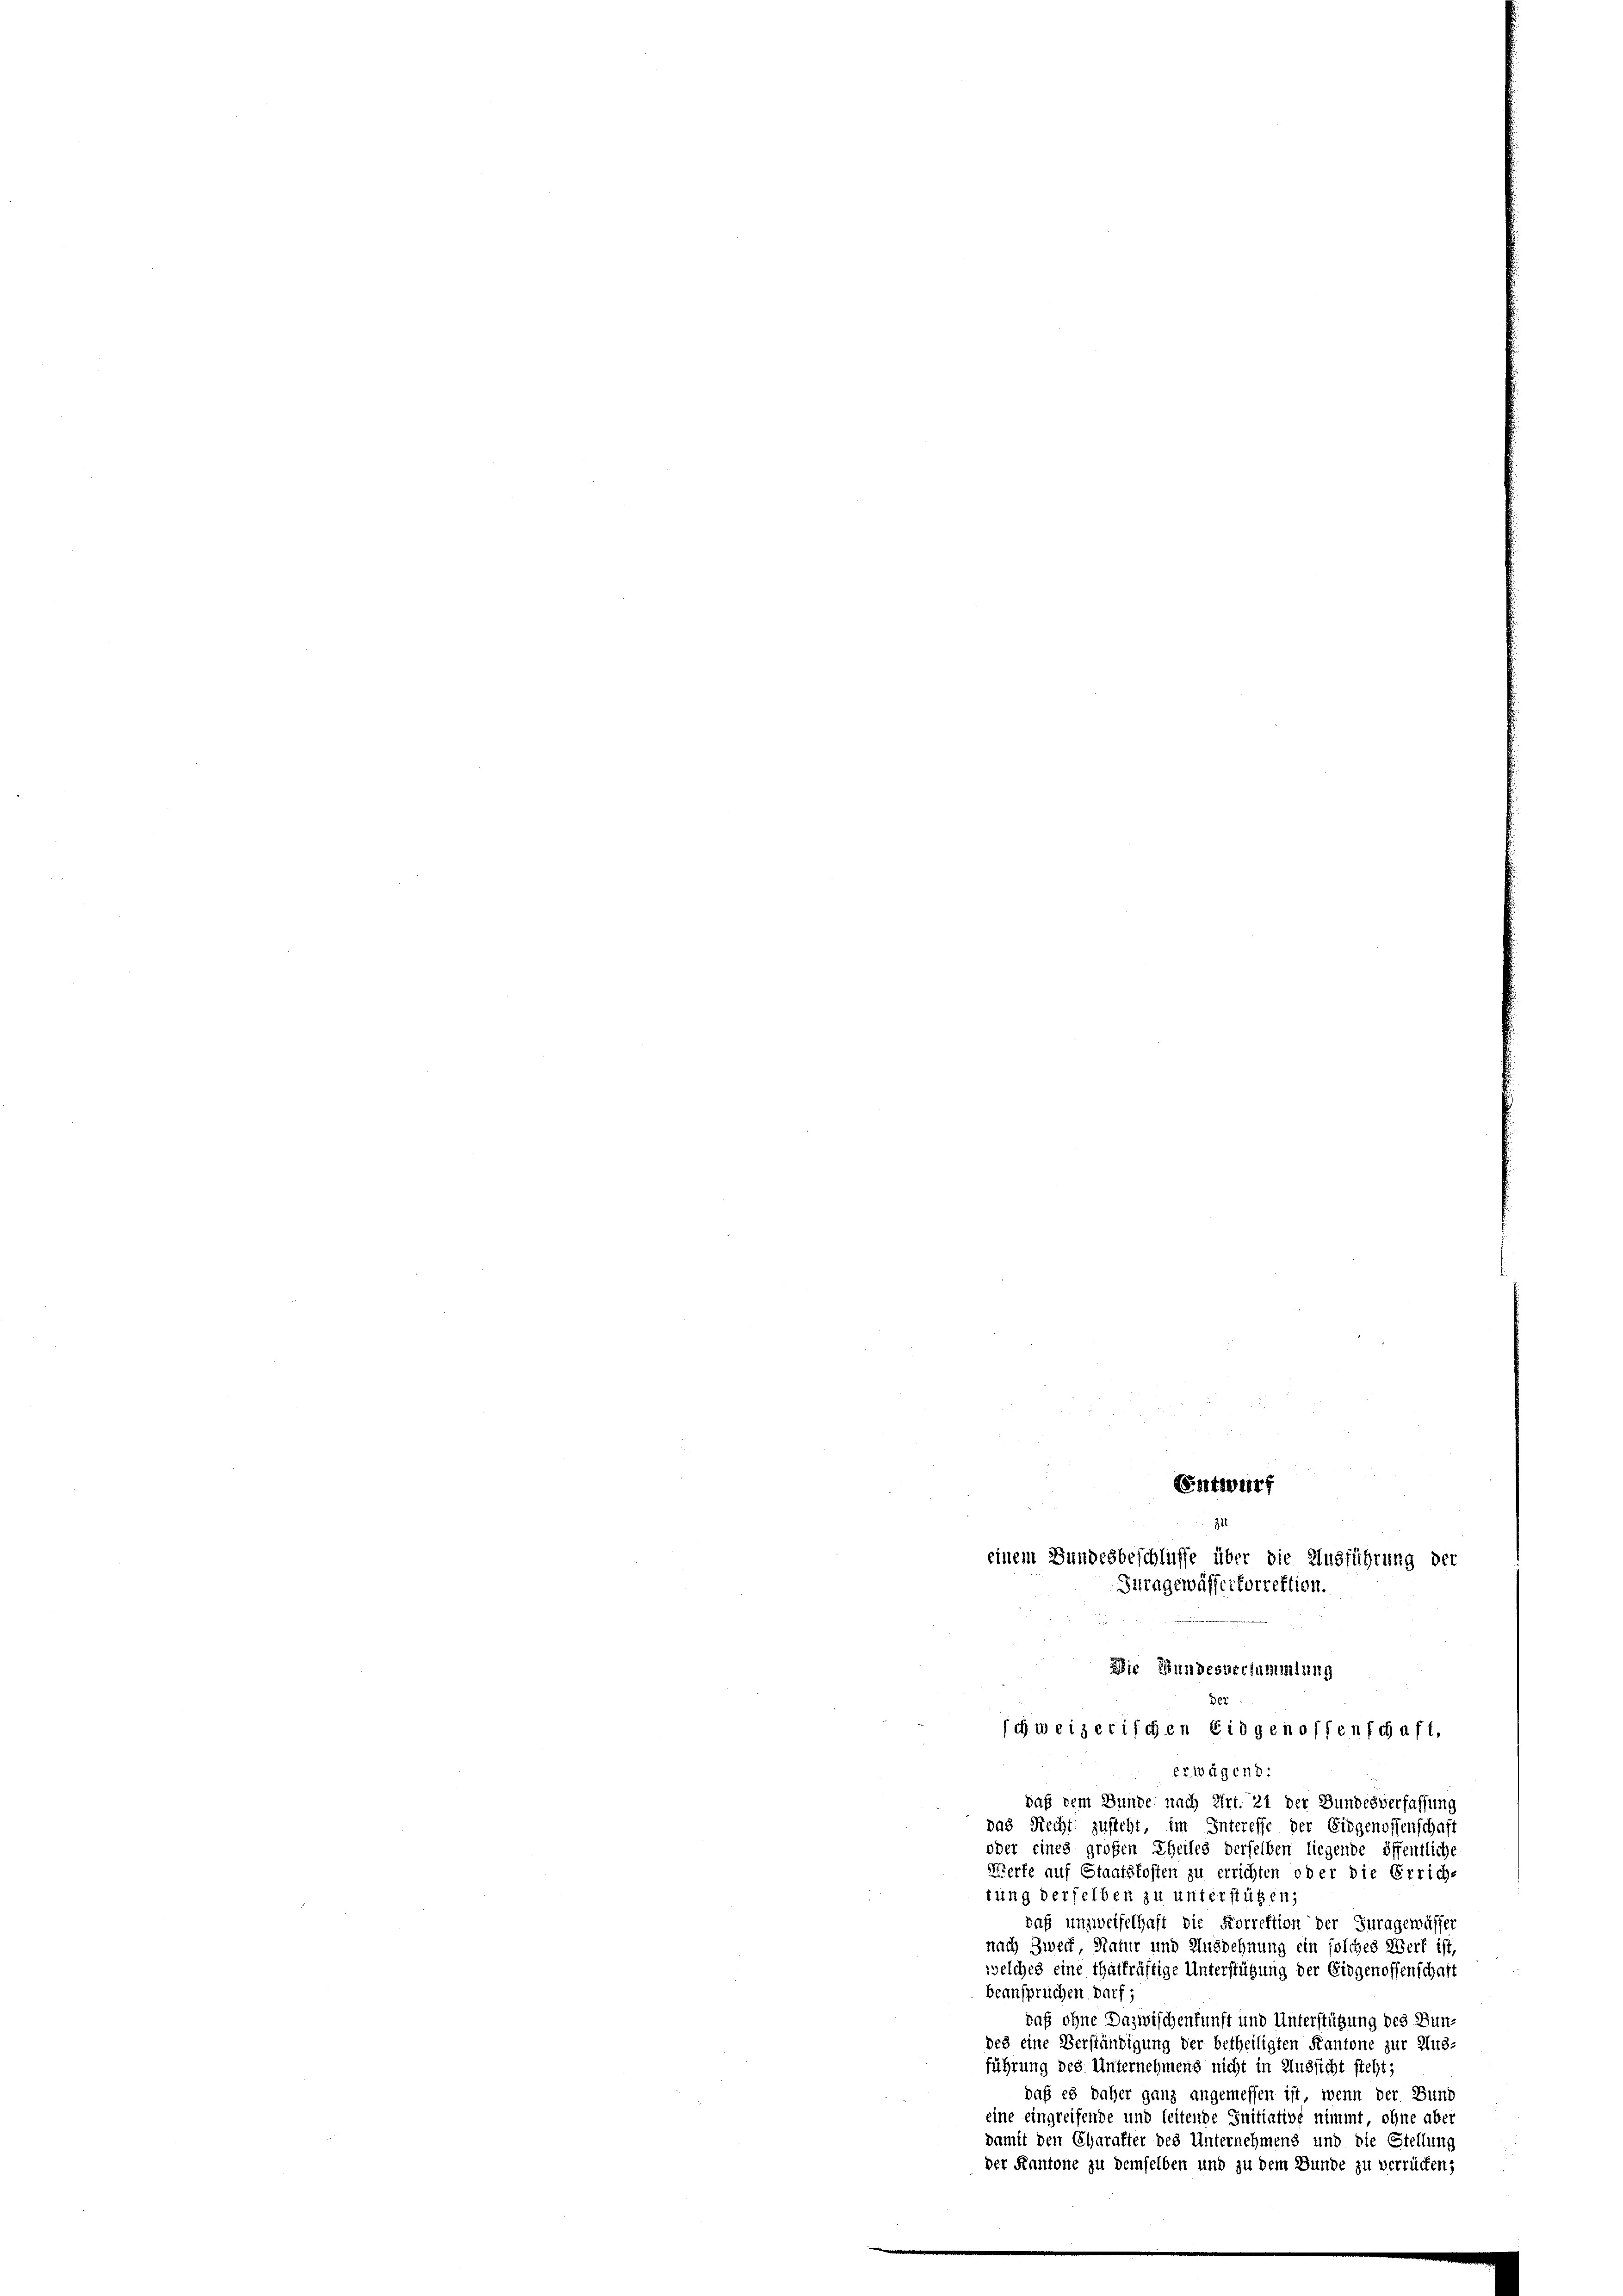
34
Die Bundesversammlung
der
schweizerischen Eidgenossenschaft,

einem Bundesbeschlüsse über die Ausführung der
Turngewässertorrektion.

Entwurf

erwägen d.
daß dem Bunde nach Art. 21 der Bundesverfassung
das Recht zusteht, im Interesse der Eidgenossenschaft
oder eines großen Theiles derselben liegende öffentliche
Werfe auf Staatskosten zu errichten oder die Errich-
tung derselben zu unterstützen;
daß unzweifelhaft die Korrektion der Juragewässer
nach Zweck Natur und Ausdehnung ein solches Werk ist,
welches eine thatkräftige Unterstützung der Eidgenossenschaft
beanspruchen darf.
daß ohne Dazwischenkunft und Unterstützung des Bundes eine Verständigung der betheiligten Kantone zur Aus-
führung des Unternehmens nicht in Aussicht steht;
daß es daher ganz angemessen ist, wenn der Bund
eine eingreifende und leitende Initiative nimmt ohne aber
damit den Charakter des Unternehmens und die Stellung
der Kantone zu demselben und zu dem Bunde zu verrücken,